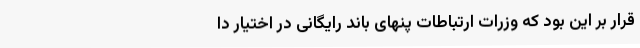
قرار بر این بود که وزرات ارتباطات پنهای باند رایگانی در اختیار دا